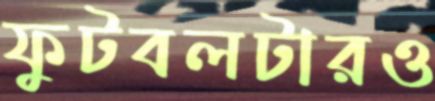
ফুটবলটারও